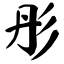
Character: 彤